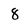
Character: 8